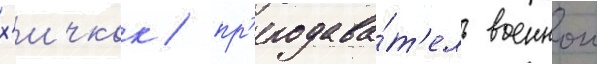
х'ичкок / пр'еподава́т'ель военнои